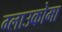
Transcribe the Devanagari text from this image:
ग्लाउकोमा